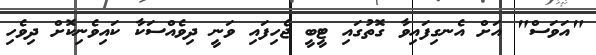
"އަވަސް" އަށް އެނގިފައިވާ ގޮތުުގައި ޓީބީ ޖެހިފައި ވަނީ ދިވެއްސަކާ ކައިވެނިކޮށް ދިވެހި